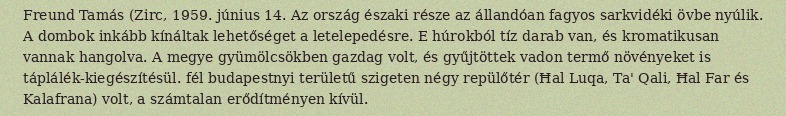
Freund Tamás (Zirc, 1959. június 14. Az ország északi része az állandóan fagyos sarkvidéki övbe nyúlik. A dombok inkább kínáltak lehetőséget a letelepedésre. E húrokból tíz darab van, és kromatikusan vannak hangolva. A megye gyümölcsökben gazdag volt, és gyűjtöttek vadon termő növényeket is táplálék-kiegészítésül. fél budapestnyi területű szigeten négy repülőtér (Ħal Luqa, Ta' Qali, Ħal Far és Kalafrana) volt, a számtalan erődítményen kívül.